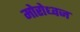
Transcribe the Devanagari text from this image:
मोरोध्‍वज